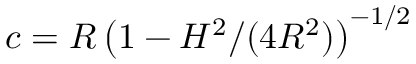
c = R \, \big ( 1 - H ^ { 2 } / ( 4 R ^ { 2 } ) \big ) ^ { - 1 / 2 }